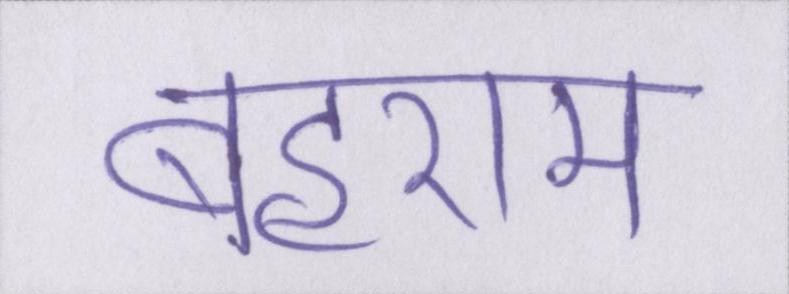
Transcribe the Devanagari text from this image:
बहराम